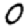
Digit: 0